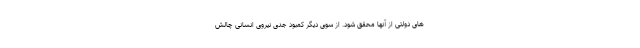
های دولتی از آنها محقق شود. از سوی دیگر کمبود جدی نیروی انسانی چالش